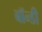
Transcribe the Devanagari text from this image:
बॉन्डी